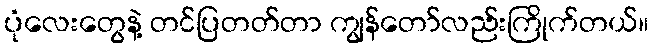
ပုံလေးတွေနဲ့ တင်ပြတတ်တာ ကျွန်တော်လည်းကြိုက်တယ်။